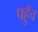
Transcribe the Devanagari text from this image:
पह़ुँच